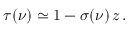
\tau ( \nu ) \simeq 1 - \sigma ( \nu ) \, z \, .